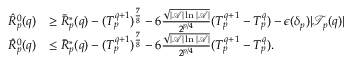
\begin{array} { r l } { \hat { R } _ { p } ^ { 0 } ( q ) } & { \geq \bar { R } _ { p } ^ { * } ( q ) - ( T _ { p } ^ { q + 1 } ) ^ { \frac { 7 } { 8 } } - 6 \frac { \sqrt { | \mathcal { A } | \ln | \mathcal { A } | } } { 2 ^ { p / 4 } } ( T _ { p } ^ { q + 1 } - T _ { p } ^ { q } ) - \epsilon ( \delta _ { p } ) | \mathcal { T } _ { p } ( q ) | } \\ { \hat { R } _ { p } ^ { 0 } ( q ) } & { \leq \bar { R } _ { p } ^ { * } ( q ) - ( T _ { p } ^ { q + 1 } ) ^ { \frac { 7 } { 8 } } - 6 \frac { \sqrt { | \mathcal { A } | \ln | \mathcal { A } | } } { 2 ^ { p / 4 } } ( T _ { p } ^ { q + 1 } - T _ { p } ^ { q } ) . } \end{array}